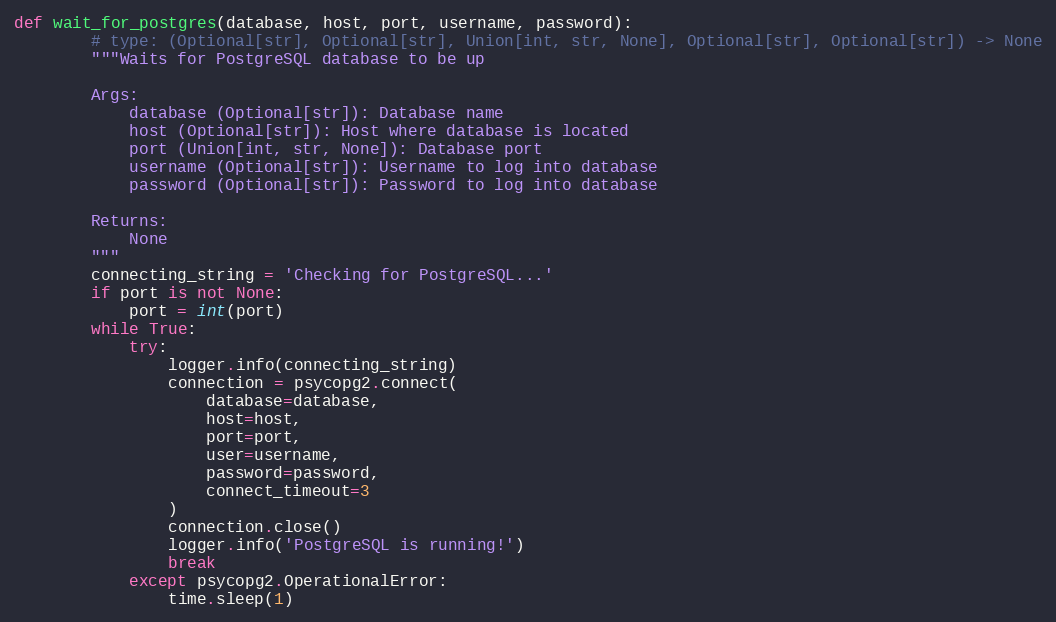
Language: Python
def wait_for_postgres(database, host, port, username, password):
        # type: (Optional[str], Optional[str], Union[int, str, None], Optional[str], Optional[str]) -> None
        """Waits for PostgreSQL database to be up

        Args:
            database (Optional[str]): Database name
            host (Optional[str]): Host where database is located
            port (Union[int, str, None]): Database port
            username (Optional[str]): Username to log into database
            password (Optional[str]): Password to log into database

        Returns:
            None
        """
        connecting_string = 'Checking for PostgreSQL...'
        if port is not None:
            port = int(port)
        while True:
            try:
                logger.info(connecting_string)
                connection = psycopg2.connect(
                    database=database,
                    host=host,
                    port=port,
                    user=username,
                    password=password,
                    connect_timeout=3
                )
                connection.close()
                logger.info('PostgreSQL is running!')
                break
            except psycopg2.OperationalError:
                time.sleep(1)